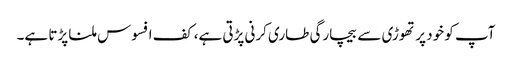
آپ کو خود پر تھوڑی سے بیچارگی طاری کرنی پڑتی ہے، کف افسوس ملنا پڑتا ہے۔